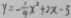
y = - \frac { 1 } { 4 } x ^ { 2 } + 2 x - 3